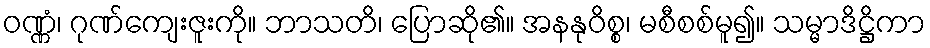
ဝဏ္ဏံ၊ ဂုဏ်ကျေးဇူးကို။ ဘာသတိ၊ ပြောဆို၏။ အနနုဝိစ္စ၊ မစီစစ်မူ၍။ သမ္မာဒိဋ္ဌိကာ